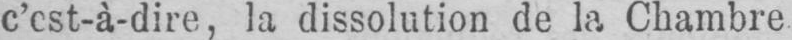
c’est-à-dire, la dissolution de la Chambre